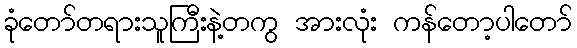
ခုံတော်တရားသူကြီးနဲ့တကွ အားလုံး ကန်တော့ပါတော်